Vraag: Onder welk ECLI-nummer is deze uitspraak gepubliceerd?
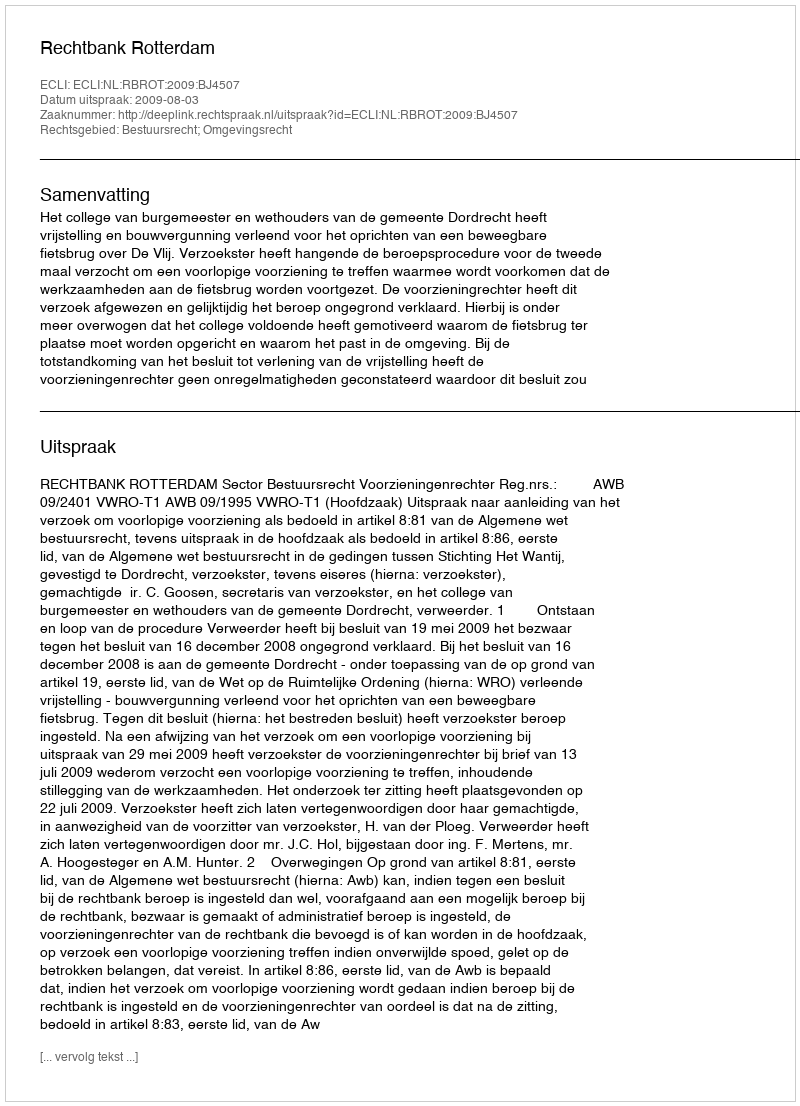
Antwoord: ECLI:NL:RBROT:2009:BJ4507